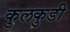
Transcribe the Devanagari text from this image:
कुलकुडी